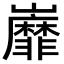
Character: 𡿐